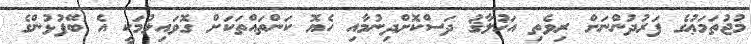
މުޖުތަމަޢުގެ ފަރުދުންނަށް ރިވެތި އަޚުލާޤު ދަސްކޮށްދިނުމާއި ހެޔޮ ކަންތައްތަކަށް ގޮވައިލުމަކީ އެ ބޭފުޅުންގެ